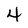
Character: 4